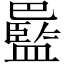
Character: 𫶻